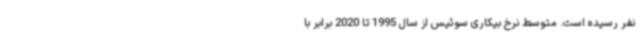
نفر رسیده است. متوسط نرخ بیکاری سوئیس از سال 1995 تا 2020 برابر با